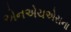
એનએચએસના